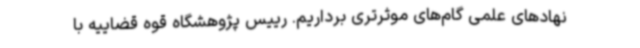
نهادهای علمی گام‌های موثرتری برداریم. رییس پژوهشگاه قوه قضاییه با